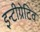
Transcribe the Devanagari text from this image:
इन्टीग्रेटिव